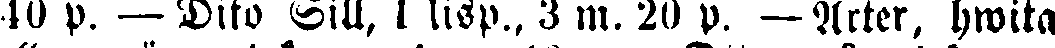
40 p. —Dito Sill, 1 lisp., 3 m. 20 p. — Ärter, hwita